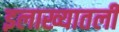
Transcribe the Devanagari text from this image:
इलाख्यातली